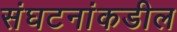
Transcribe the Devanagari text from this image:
संघटनांकडील